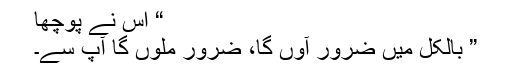
“ اس نے پوچھا
” بالکل میں ضرور آوں گا، ضرور ملوں گا آپ سے۔